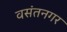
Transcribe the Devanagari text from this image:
वसंतनगर